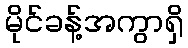
မိုင်ခန့်အကွာရှိ